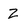
Character: Z